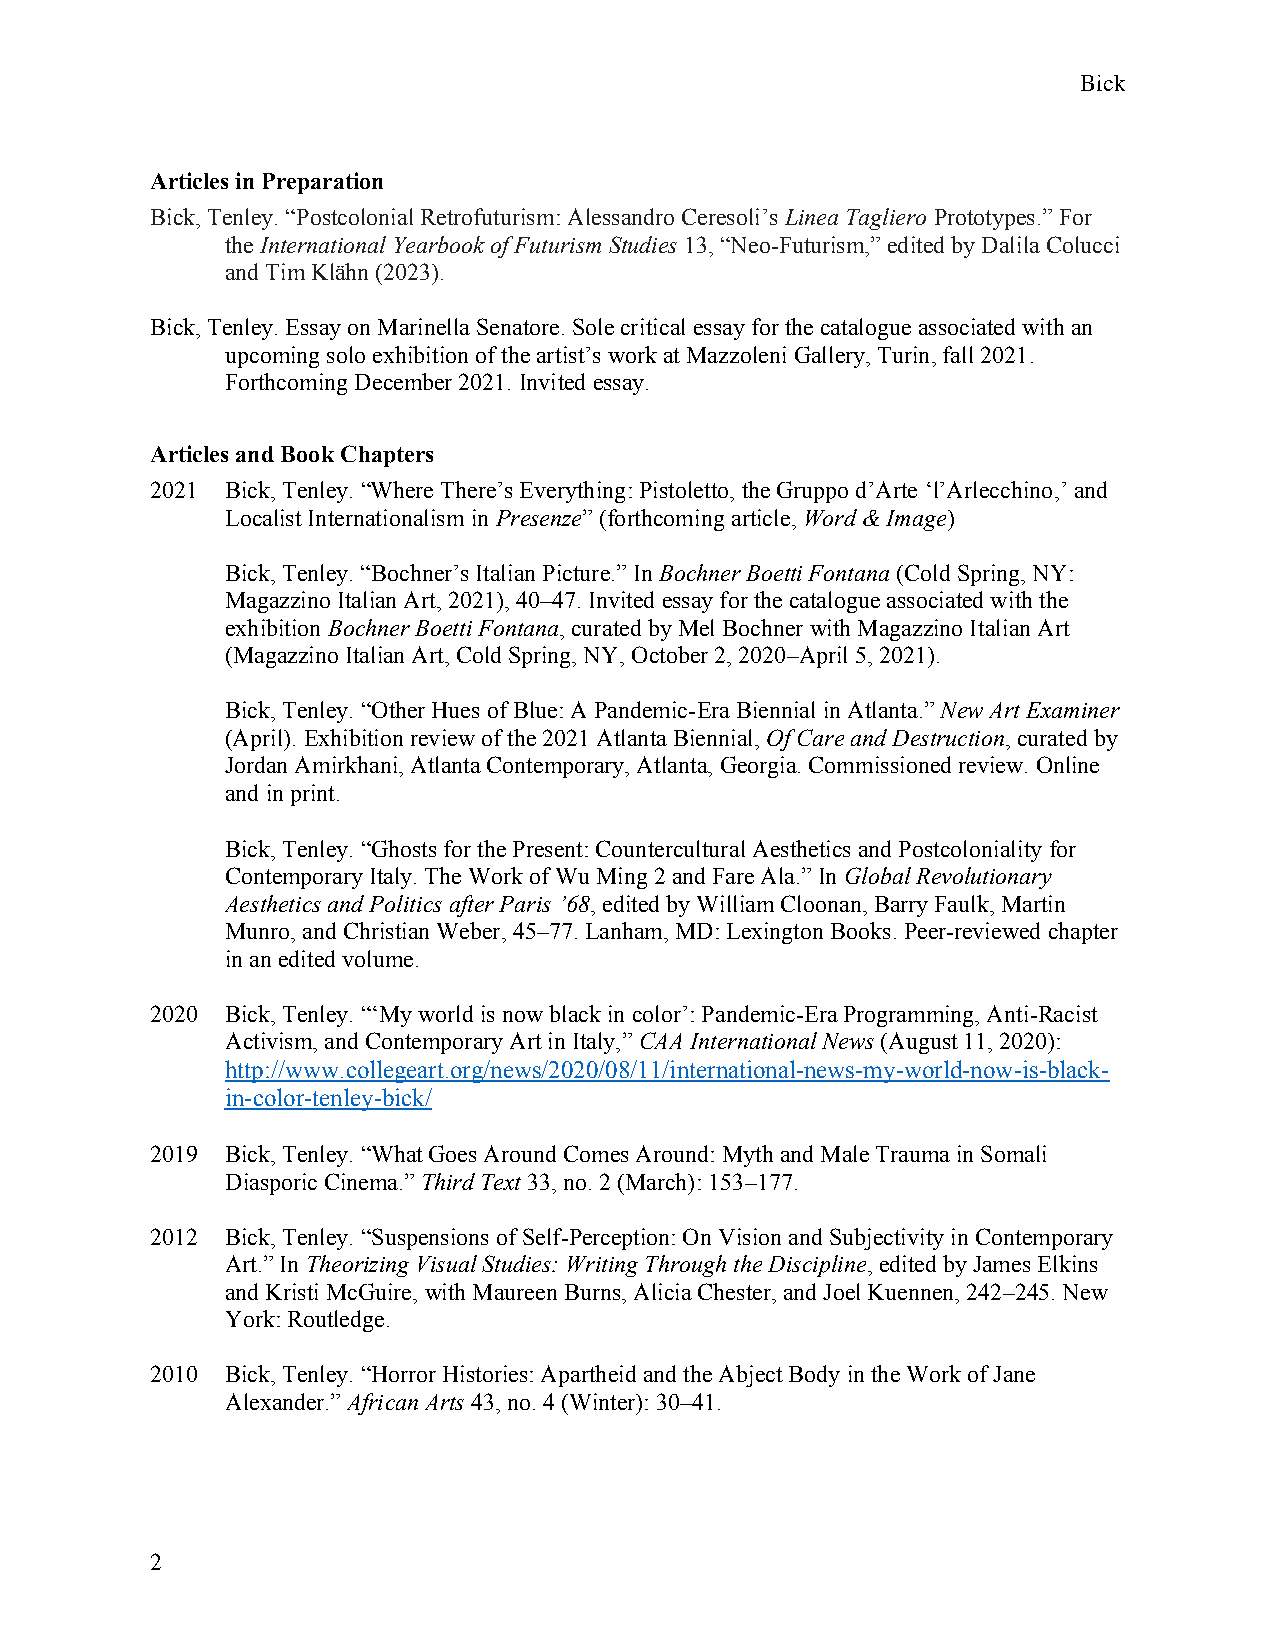
Bick
 Articles in Preparation
 Bick, Tenley. “Postcolonial Retrofuturism: Alessandro Ceresoli’s Linea Tagliero Prototypes.” For
 the International Yearbook of Futurism Studies 13, “Neo-Futurism,” edited by Dalila Colucci
 and Tim Klähn (2023).
 Bick, Tenley. Essay on Marinella Senatore. Sole critical essay for the catalogue associated with an
 upcoming solo exhibition of the artist’s work at Mazzoleni Gallery, Turin, fall 2021.
 Forthcoming December 2021. Invited essay.
 Articles and Book Chapters
 2021 Bick, Tenley. “Where There’s Everything: Pistoletto, the Gruppo d’Arte ‘l’Arlecchino,’ and
 Localist Internationalism in Presenze” (forthcoming article, Word & Image)
 Bick, Tenley. “Bochner’s Italian Picture.” In Bochner Boetti Fontana (Cold Spring, NY:
 Magazzino Italian Art, 2021), 40–47. Invited essay for the catalogue associated with the
 exhibition Bochner Boetti Fontana, curated by Mel Bochner with Magazzino Italian Art
 (Magazzino Italian Art, Cold Spring, NY, October 2, 2020–April 5, 2021).
 Bick, Tenley. “Other Hues of Blue: A Pandemic-Era Biennial in Atlanta.” New Art Examiner
 (April). Exhibition review of the 2021 Atlanta Biennial, Of Care and Destruction, curated by
 Jordan Amirkhani, Atlanta Contemporary, Atlanta, Georgia. Commissioned review. Online
 and in print.
 Bick, Tenley. “Ghosts for the Present: Countercultural Aesthetics and Postcoloniality for
 Contemporary Italy. The Work of Wu Ming 2 and Fare Ala.” In Global Revolutionary
 Aesthetics and Politics after Paris ’68, edited by William Cloonan, Barry Faulk, Martin
 Munro, and Christian Weber, 45–77. Lanham, MD: Lexington Books. Peer-reviewed chapter
 in an edited volume.
 2020 Bick, Tenley. “‘My world is now black in color’: Pandemic-Era Programming, Anti-Racist
 Activism, and Contemporary Art in Italy,” CAA International News (August 11, 2020):
 http://www.collegeart.org/news/2020/08/11/international-news-my-world-now-is-black-
 in-color-tenley-bick/
 2019 Bick, Tenley. “What Goes Around Comes Around: Myth and Male Trauma in Somali
 Diasporic Cinema.” Third Text 33, no. 2 (March): 153–177.
 2012 Bick, Tenley. “Suspensions of Self-Perception: On Vision and Subjectivity in Contemporary
 Art.” In Theorizing Visual Studies: Writing Through the Discipline, edited by James Elkins
 and Kristi McGuire, with Maureen Burns, Alicia Chester, and Joel Kuennen, 242–245. New
 York: Routledge.
 2010 Bick, Tenley. “Horror Histories: Apartheid and the Abject Body in the Work of Jane
 Alexander.” African Arts 43, no. 4 (Winter): 30–41.
 2